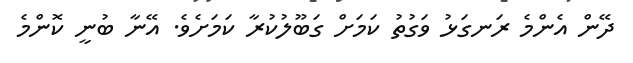
ދޭން އެންމެ ރަނގަޅު ވަގުތު ކަމަށް ގަބޫލުކުރާ ކަމަށެވެ. އޭނާ ބުނީ ކޮންމެ